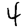
Digit: 4